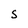
Character: S